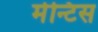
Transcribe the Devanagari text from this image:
मेन्टिस